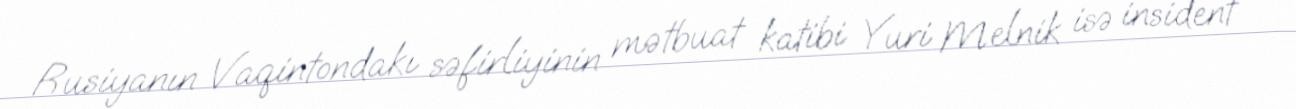
Rusiyanın Vaqintondakı səfirliyinin mətbuat katibi Yuri Melnik isə insident